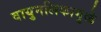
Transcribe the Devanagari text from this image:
वायुनलिकामुळे